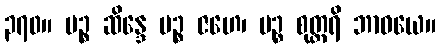
၃၇၀။ ပဉ္စ ဆိန္ဒေ ပဉ္စ ဇဟေ၊ ပဉ္စ စုတ္တရိ ဘာဝယေ။